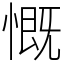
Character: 慨